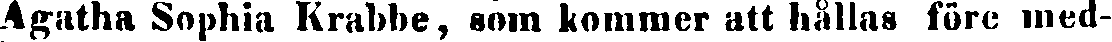
Agatha Sophia Krabbe, som kommer att hållas före med-